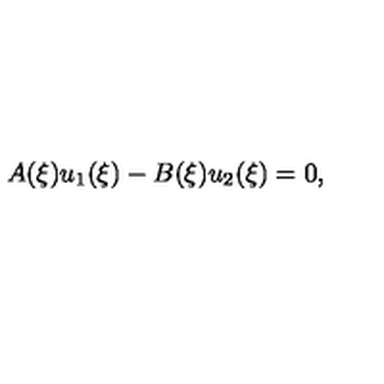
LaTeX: A ( \xi ) u _ { 1 } ( \xi ) - B ( \xi ) u _ { 2 } ( \xi ) = 0 ,